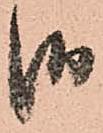
御